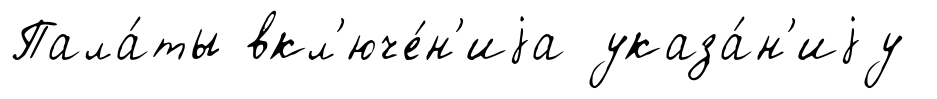
Пала́ты вкл'юче́н'иjа указа́н'иjу